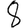
Digit: 8